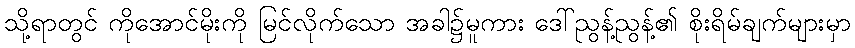
သို့ရာတွင် ကိုအောင်မိုးကို မြင်လိုက်သော အခါ၌မူကား ဒေါ်ညွန့်ညွန့်၏ စိုးရိမ်ချက်များမှာ